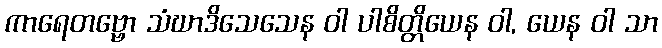
ကာရေတဗ္ဗော သံဃာဒိသေသေန ဝါ ပါစိတ္တိယေန ဝါ, ယေန ဝါ သာ